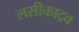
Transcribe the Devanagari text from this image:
लसीकाद्रव